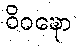
ဝိဝဍ္ဎော